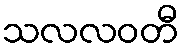
သလလဝတီ